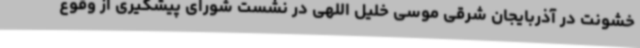
خشونت در آذربایجان شرقی موسی خلیل اللهی در نشست شورای پیشگیری از وقوع